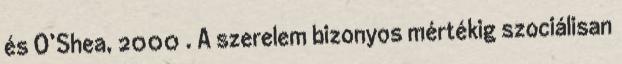
és O’Shea, 2000 . A szerelem bizonyos mértékig szociálisan